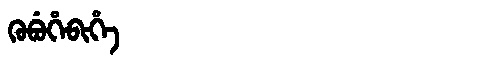
Manchu: ᡴᡠᠪᡠᡥᡝᠪᡳᡥᡝ
Romanization: KUBUHEBIHE